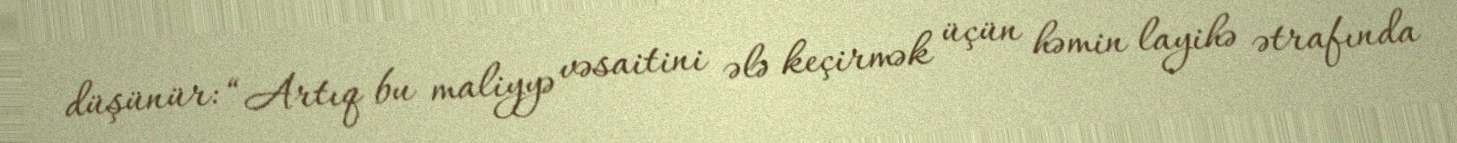
düşünür: “Artıq bu maliyyə vəsaitini ələ keçirmək üçün həmin layihə ətrafında